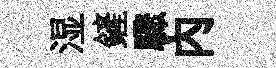
湿鏟驟内